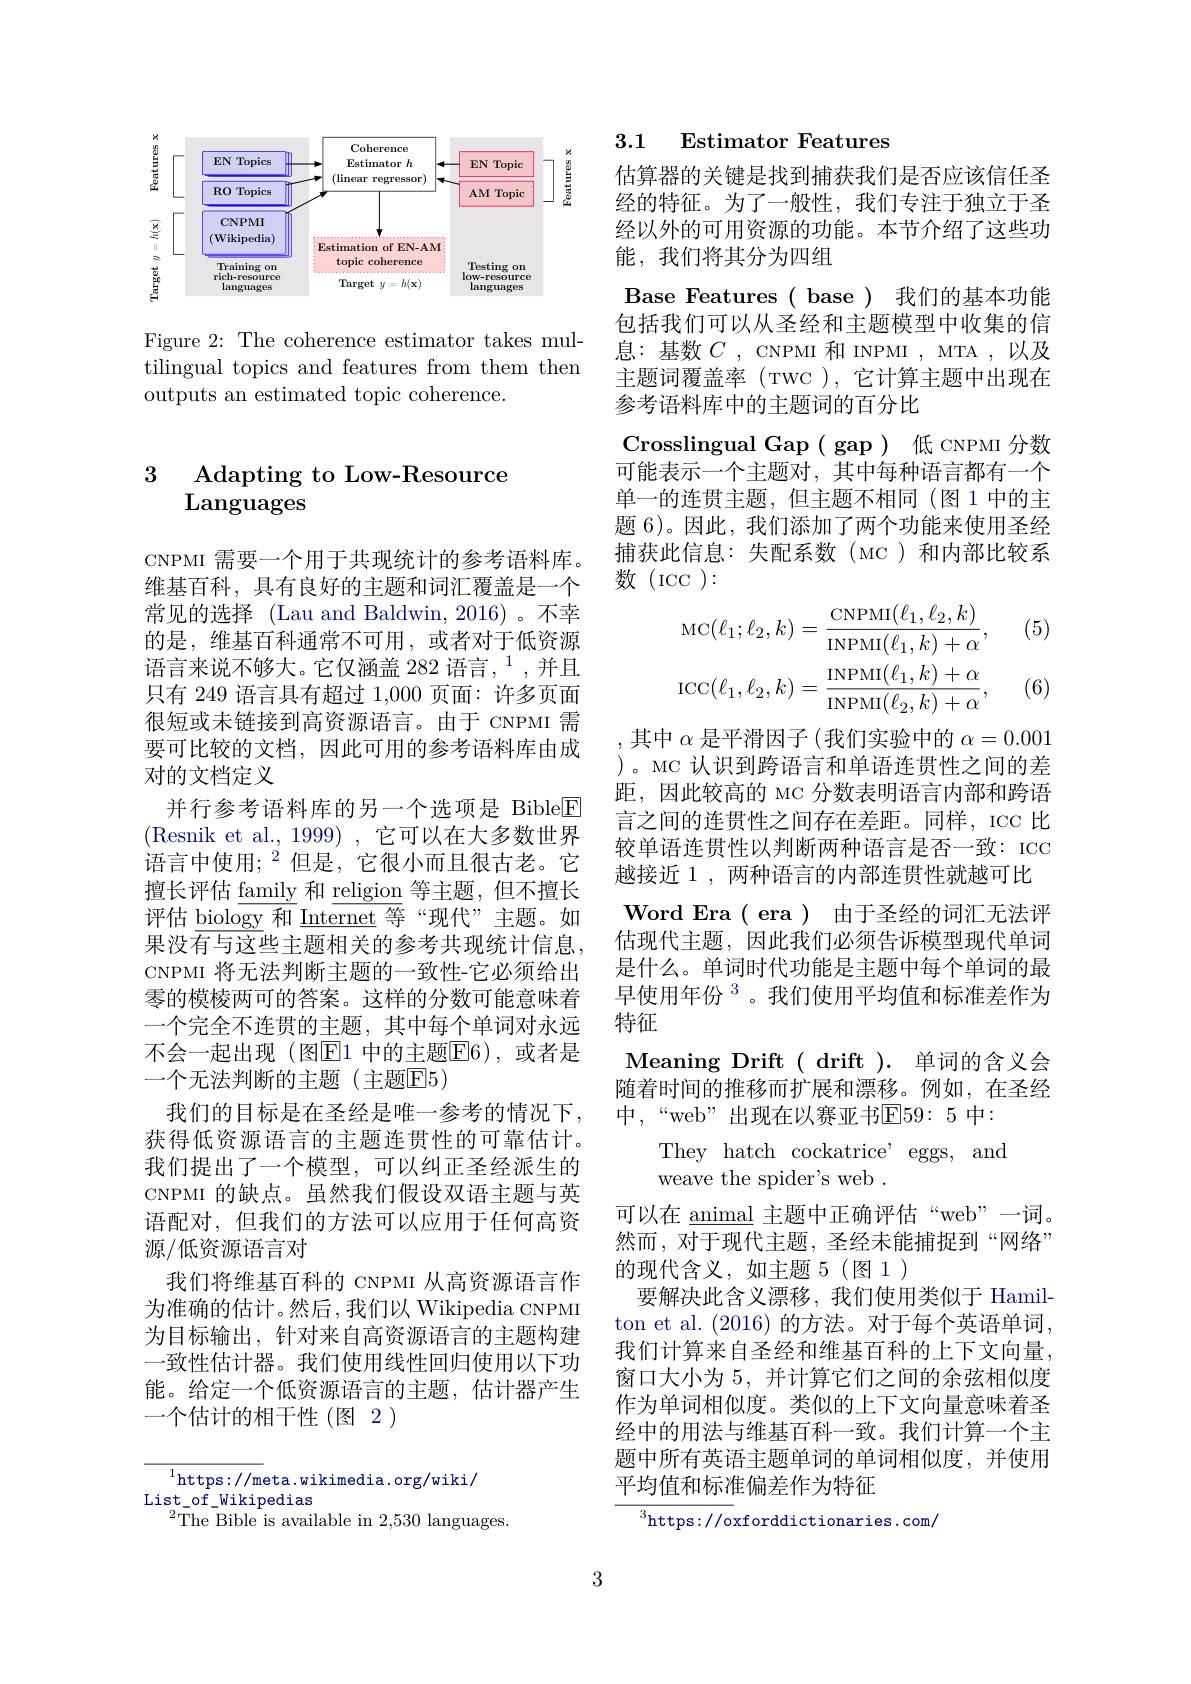
<FigureHere>

Figure 2: The coherence estimator takes multilingual topics and features from them then outputs an estimated topic coherence.

# 3 Adapting to Low-Resource Languages

CNPMI 需要一个用于共现统计的参考语料库。维基百科，具有良好的主题和词汇覆盖是一个常见的选择 (Lau and Baldwin, 2016) 。不幸的是，维基百科通常不可用，或者对于低资源语言来说不够大。它仅涵盖 282 语言，$^{1}$,并且只有 249 语言具有超过 1,000 页面：许多页面很短或未链接到高资源语言。由于 CNPMI 需要可比较的文档，因此可用的参考语料库由成对的文档定义
并行参考语料库的另一个选项是 Bible$\boxed{\mathrm{F}}$ (Resnik et al., 1999) , 它可以在大多数世界语言中使用；$^2$但是，它很小而且很古老。它擅长评估$\underline\text{family}$ 和$\underline\text{religion}$ 等主题，但不擅长评估$\underline{\text{biology 和}}\underline{\text{Internet}}$等“现代”主题。如果没有与这些主题相关的参考共现统计信息CNPMI 将无法判断主题的一致性-它必须给出零的模棱两可的答案。这样的分数可能意味着一个完全不连贯的主题，其中每个单词对永远不会一起出现(图$\overline{\mathrm{E}}1$ 中的主题$\overline{\mathrm{E}}6)$, 或者是一个无法判断的主题(主题E5)
我们的目标是在圣经是唯一参考的情况下， 获得低资源语言的主题连贯性的可靠估计。我们提出了一个模型，可以纠正圣经派生的CNPMI 的缺点。虽然我们假设双语主题与英语配对，但我们的方法可以应用于任何高资源/低资源语言对
我们将维基百科的 CNPMI 从高资源语言作为准确的估计。然后，我们以 Wikipedia CNPMI 为目标输出，针对来自高资源语言的主题构建一致性估计器。我们使用线性回归使用以下功能。给定一个低资源语言的主题，估计器产生一个估计的相干性(图2)

$^1$https://meta.wikimedia.org/wiki/
List$\_$of$\_$Wikipedias
${}^{2}\bar{\mathrm{The~Bible~is~available~in~2,530~languages.}}$

3

3.1 Estimator Features

估算器的关键是找到捕获我们是否应该信任圣经的特征。为了一般性，我们专注于独立于圣经以外的可用资源的功能。本节介绍了这些功能，我们将其分为四组
Base Features ( base ) 我们的基本功能包括我们可以从圣经和主题模型中收集的信息：基数$C$, CNPMI 和 INPMI , MTA ,以及主题词覆盖率(TWC),它计算主题中出现在参考语料库中的主题词的百分比
Crosslingual Gap ( gap ) 低 cNPMI 分数可能表示一个主题对，其中每种语言都有一个单一的连贯主题，但主题不相同(图 1 中的主题 6)。因此，我们添加了两个功能来使用圣经捕获此信息：失配系数(MC)和内部比较系数(ICC):
$$\mathrm{MC}(\ell_{1};\ell_{2},k)=\frac{\mathrm{CNPMI}(\ell_{1},\ell_{2},k)}{\mathrm{INPMI}(\ell_{1},k)+\alpha},\\\mathrm{ICC}(\ell_{1},\ell_{2},k)=\frac{\mathrm{INPMI}(\ell_{1},k)+\alpha}{\mathrm{INPMI}(\ell_{2},k)+\alpha},$$
(5)

(6)

,其中$\alpha$ 是平滑因子(我们实验中的$\alpha=0.001$ )。MC 认识到跨语言和单语连贯性之间的差距，因此较高的 MC 分数表明语言内部和跨语言之间的连贯性之间存在差距。同样，ICC 比较单语连贯性以判断两种语言是否一致：ICC 越接近 1 , 两种语言的内部连贯性就越可比Word Era( era ) 由于圣经的词汇无法评估现代主题，因此我们必须告诉模型现代单词是什么。单词时代功能是主题中每个单词的最早使用年份$^{3}$。我们使用平均值和标准差作为特征
Meaning Drift( drift ). 单词的含义会随着时间的推移而扩展和漂移。例如，在圣经中，“web”出现在以赛亚书$\overline{\mathrm{E}}59:5$ 中：
They hatch cockatrice' eggs, and
weave the spider's web .
可以在$\underline{\mathrm{animal}}$主题中正确评估“web”一词。然而，对于现代主题，圣经未能捕捉到“网络” 的现代含义，如主题 5(图 1)
要解决此含义漂移，我们使用类似于 Hamilton et al. (2016)的方法。对于每个英语单词， 我们计算来自圣经和维基百科的上下文向量， 窗口大小为 5, 并计算它们之间的余弦相似度作为单词相似度。类似的上下文向量意味着圣经中的用法与维基百科一致。我们计算一个主题中所有英语主题单词的单词相似度，并使用平均值和标准偏差作为特征
$^3$https://oxforddictionaries.com/